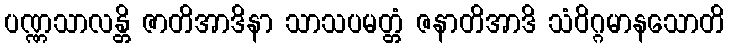
ပဏ္ဏသာလန္တိ ဇာတိအာဒိနာ သာသပမတ္တံ ဇနာတိအာဒိ သံဝိဂ္ဂမာနသောတိ